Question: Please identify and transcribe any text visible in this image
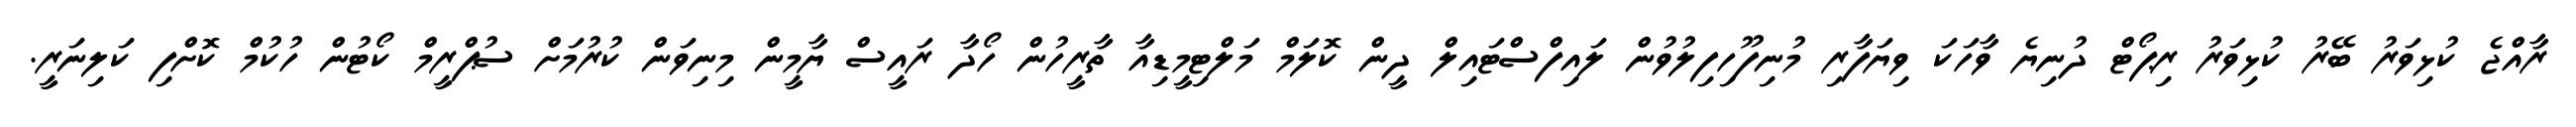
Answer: ރާއްޖެ ކުޅިވަރު ބޭރު ކުޅިވަރު ރިޕޯޓް ދުނިޔެ ވާހަކަ ވިޔަފާރި މުނިފޫހިފިލުވުން ލައިފްސްޓައިލް ދީން ކޮލަމް މަލްޓިމީޑިއާ ތާރީހުން ހޯދާ ރައީސް ޔާމީން މިނިވަން ކުރުމަށް ސުޕްރީމް ކޯޓުން ހުކުމް ކޮށްފި ކަލިނަރީ.